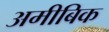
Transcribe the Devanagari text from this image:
अमीबिक